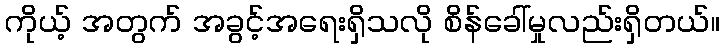
ကိုယ့် အတွက် အခွင့်အရေးရှိသလို စိန်ခေါ်မှုလည်းရှိတယ်။